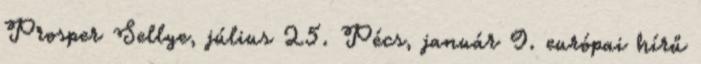
Prosper Sellye, július 25. Pécs, január 9. európai hírű